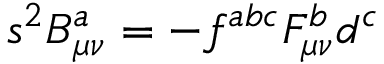
s ^ { 2 } B _ { \mu \nu } ^ { a } = - f ^ { a b c } F _ { \mu \nu } ^ { b } d ^ { c }